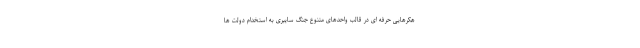
هکرهایی حرفه ای در قالب واحدهای متنوع جنگ سایبری به استخدام دولت ها